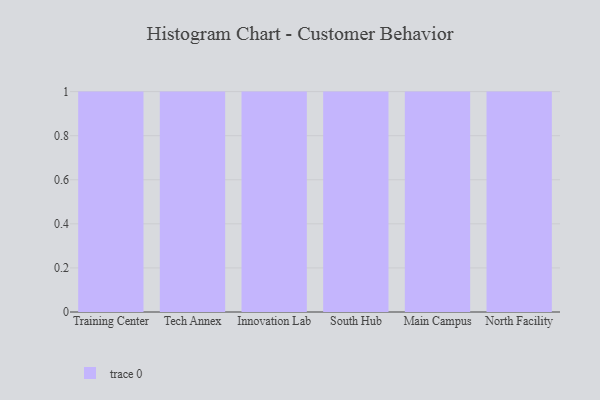
{"axis": {"x": "Campus", "y": "Customer Acquisition Cost (USD)"}, "legend": [""], "data": [{"x": "Training Center", "y": 39, "type": ""}, {"x": "Tech Annex", "y": 42, "type": ""}, {"x": "Innovation Lab", "y": 79, "type": ""}, {"x": "South Hub", "y": 12, "type": ""}, {"x": "Main Campus", "y": 44, "type": ""}, {"x": "North Facility", "y": 33, "type": ""}]}